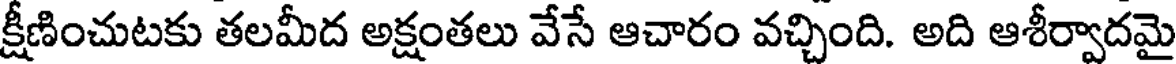
క్షీణించుటకు తలమీద అక్షంతలు వేసే ఆచారం వచ్చింది. అది ఆశీర్వాదమై